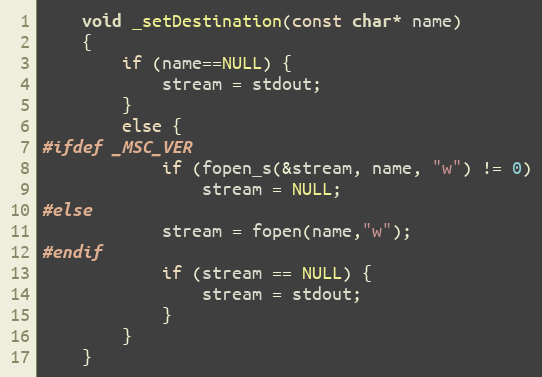
Language: C
    void _setDestination(const char* name)
    {
        if (name==NULL) {
            stream = stdout;
        }
        else {
#ifdef _MSC_VER
            if (fopen_s(&stream, name, "w") != 0)
                stream = NULL;
#else
            stream = fopen(name,"w");
#endif
            if (stream == NULL) {
                stream = stdout;
            }
        }
    }